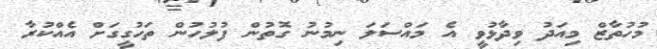
މުހުތާޒް މިއަދު ވިދާޅުވީ އެ މައްސަލަ ނިމުނު ގޮތުން ފުލުހުން ތަހުގީގަށް އެއްކުރާ